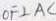
O F \bot A C